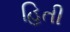
હિતી